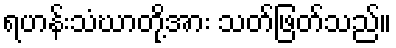
ရဟန်းသံဃာတို့အား သတ်ဖြတ်သည်။